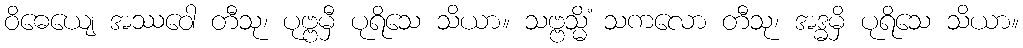
ဝိဓေယျေ အဿဝေါ တီသု၊ ပုဗ္ဗမှီ ပုရိသေ သိယာ။ သဗ္ဗသ္မိံ သကလော တီသု၊ အဒ္ဓမှိ ပုရိသေ သိယာ။